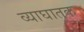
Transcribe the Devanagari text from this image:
व्याघातक